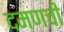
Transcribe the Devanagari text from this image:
दमणची